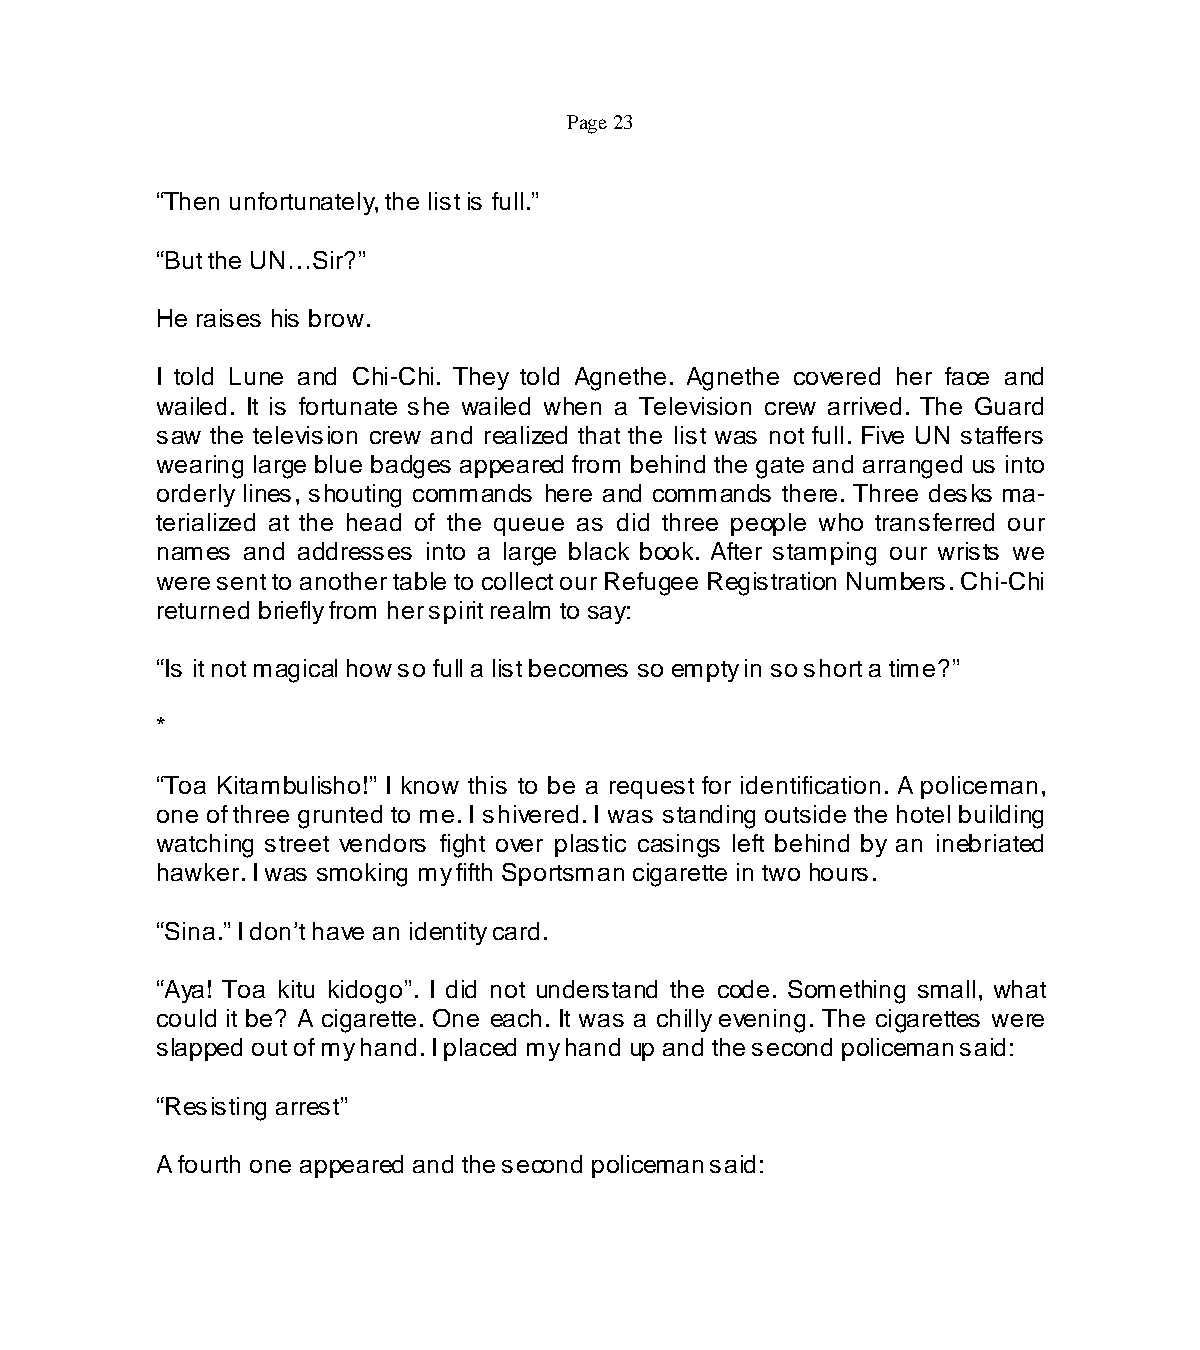
Page 23
 “Then unfortunately, the list is full.”
 “But the UN…Sir?”
 He raises his brow.
 I told Lune and Chi-Chi. They told Agnethe. Agnethe covered her face and
 wailed. It is fortunate she wailed when a Television crew arrived. The Guard
 saw the television crew and realized that the list was not full. Five UN staffers
 wearing large blue badges appeared from behind the gate and arranged us into
 orderly lines, shouting commands here and commands there. Three desks ma-
 terialized at the head of the queue as did three people who transferred our
 names and addresses into a large black book. After stamping our wrists we
 were sent to another table to collect our Refugee Registration Numbers. Chi-Chi
 returned briefly from her spirit realm to say:
 “Is it not magical how so full a list becomes so empty in so short a time?”
 *
 “Toa Kitambulisho!” I know this to be a request for identification. A policeman,
 one of three grunted to me. I shivered. I was standing outside the hotel building
 watching street vendors fight over plastic casings left behind by an inebriated
 hawker. I was smoking my fifth Sportsman cigarette in two hours.
 “Sina.” I don’t have an identity card.
 “Aya! Toa kitu kidogo”. I did not understand the code. Something small, what
 could it be? A cigarette. One each. It was a chilly evening. The cigarettes were
 slapped out of my hand. I placed my hand up and the second policeman said:
 “Resisting arrest”
 A fourth one appeared and the second policeman said: